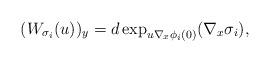
LaTeX: \begin{align*} (W_{\sigma_i}(u))_y = d \exp_{u \nabla_x \phi_i(0)}(\nabla_x \sigma_i), \end{align*}